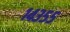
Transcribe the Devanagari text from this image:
१४३५५